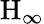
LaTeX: \mathrm{H}_{\infty}